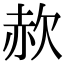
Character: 赥